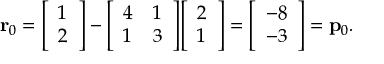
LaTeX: \mathbf { r } _ { 0 } = { \left[ \begin{array} { l } { 1 } \\ { 2 } \end{array} \right] } - { \left[ \begin{array} { l l } { 4 } & { 1 } \\ { 1 } & { 3 } \end{array} \right] } { \left[ \begin{array} { l } { 2 } \\ { 1 } \end{array} \right] } = { \left[ \begin{array} { l } { - 8 } \\ { - 3 } \end{array} \right] } = \mathbf { p } _ { 0 } .